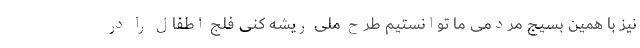
نیز با همین بسیج مردمی ما توانستیم طرح ملی ریشه کنی فلج اطفال را در